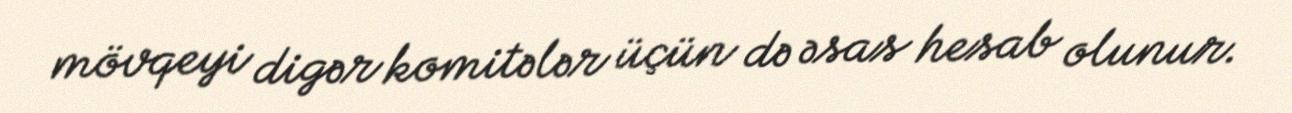
mövqeyi digər komitələr üçün də əsas hesab olunur.